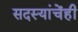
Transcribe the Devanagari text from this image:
सदस्यांचेंही